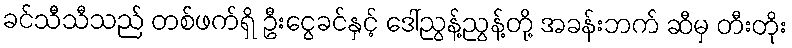
ခင်သီသီသည် တစ်ဖက်ရှိ ဦးငွေခင်နှင့် ဒေါ်ညွန့်ညွန့်တို့ အခန်းဘက် ဆီမှ တီးတိုး